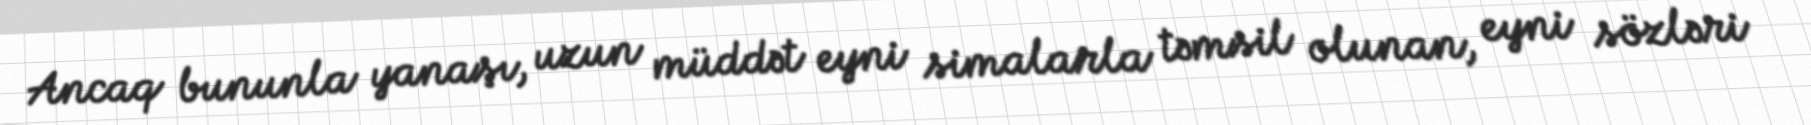
Ancaq bununla yanaşı, uzun müddət eyni simalarla təmsil olunan, eyni sözləri